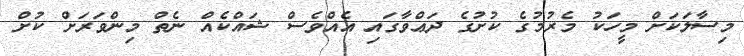
މިސާލަކަށް މީހަކު މެރުމުގެ ކުށުގެ ދަޢްވާގައި އެއްވެސް ޝައްކެއް ނެތް މިންވަރަށް ކުށް